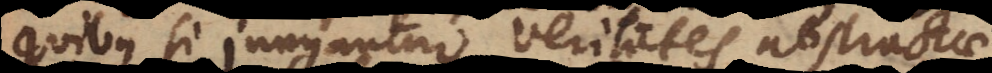
quibus si jungantur veritates abstractae